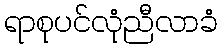
ရာစုပင်လုံညီလာခံ